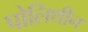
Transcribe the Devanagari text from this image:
पोलिथीन